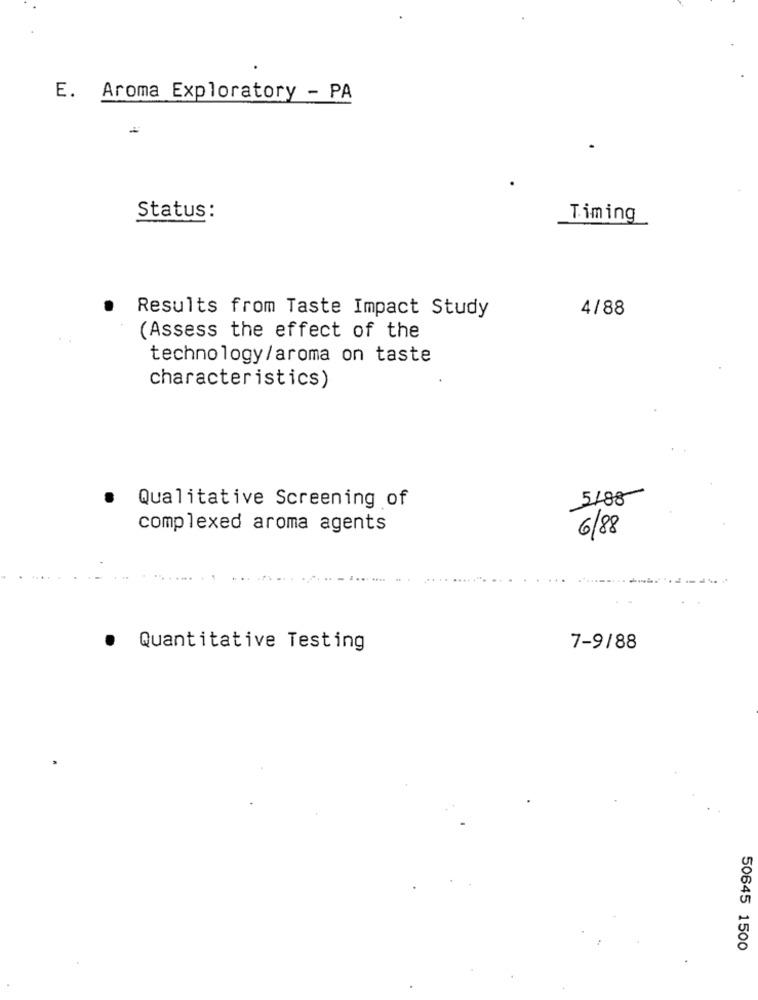
E. Aroma Exploratory - PA
Status:
Timing
4/88
Results from Taste Impact Study
(Assess the effect of the
technology/aroma on taste
characteristics)
5188
Qualitative Screening of
complexed aroma agents
6/88
.
Quantitative Testing
7-9/88
50645 1500